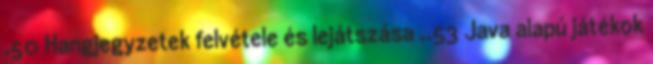
.50 Hangjegyzetek felvétele és lejátszása ..53 Java alapú játékok